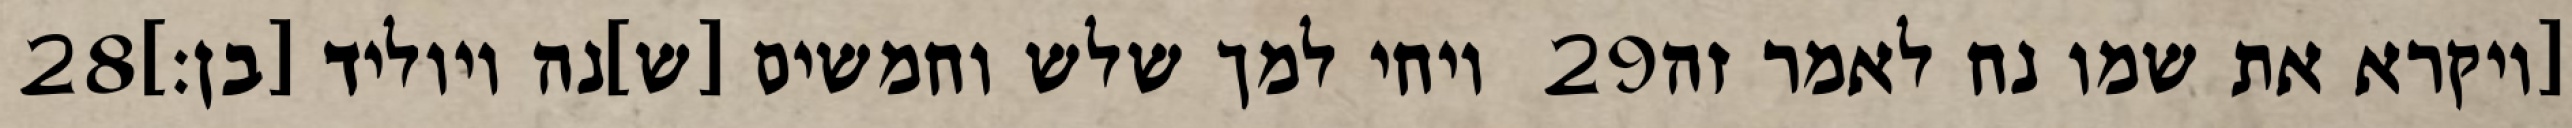
‎28‏ ויחי למך שלש וחמשים [ש]נה ויוליד [בן׃] ‎29‏ [ויקרא את שמו נח לאמר זה